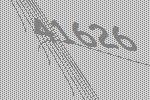
41626